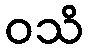
ဝသိ